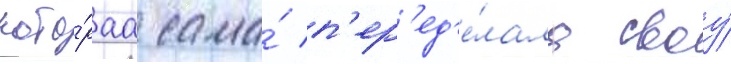
кото́раа сама́ п'ер'ед'е́лала своу́